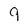
Character: 9